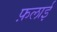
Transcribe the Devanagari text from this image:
फ़लाई